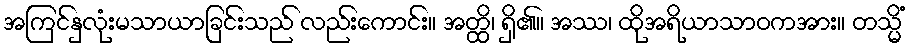
အကြင်နှလုံးမသာယာခြင်းသည် လည်းကောင်း။ အတ္ထိ၊ ရှိ၏။ အဿ၊ ထိုအရိယာသာဝကအား။ တသ္မိံ